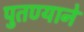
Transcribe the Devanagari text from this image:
पुतण्याने